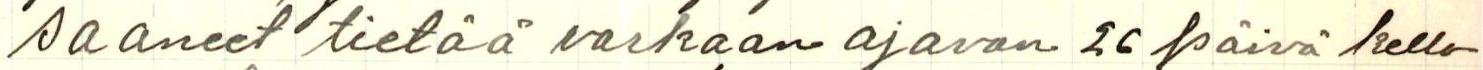
saaneet tietää varkaan ajavan 26 päivä kello